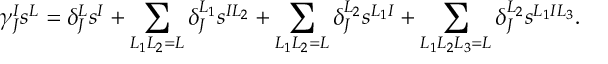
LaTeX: \gamma _ { J } ^ { I } s ^ { L } = \delta _ { J } ^ { L } s ^ { I } + \sum _ { L _ { 1 } L _ { 2 } = L } \delta _ { J } ^ { L _ { 1 } } s ^ { I L _ { 2 } } + \sum _ { L _ { 1 } L _ { 2 } = L } \delta _ { J } ^ { L _ { 2 } } s ^ { L _ { 1 } I } + \sum _ { L _ { 1 } L _ { 2 } L _ { 3 } = L } \delta _ { J } ^ { L _ { 2 } } s ^ { L _ { 1 } I L _ { 3 } } .